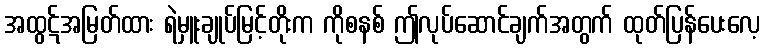
အထွဋ်အမြတ်ထား ရဲမှူးချုပ်မြင့်တိုးက ကိုစနစ် ဤလုပ်ဆောင်ချက်အတွက် ထုတ်ပြန်ပေးလေ့